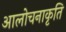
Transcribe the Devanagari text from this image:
आलोचनाकृति